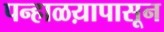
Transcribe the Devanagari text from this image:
पन्हाळय़ापासून